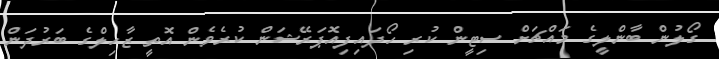
ގޯލުން ބާންލީގެ މައްޗަށް ސިޓީން ކުރި ހޯދައިފިއޮޕަރޭޝަން ކުރެވެން އޮތީ ޒާހިލްގެ ބަރުދަން